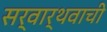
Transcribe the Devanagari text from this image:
सर्वार्थवाची